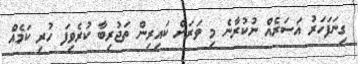
ގިނަފަހަރު އަސަރެއް ނުކުރާނެ މި ވަރަށް ކައިރިން ތަޖުރިބާ ކުރެވިފަ ހުރި ކަމެއް